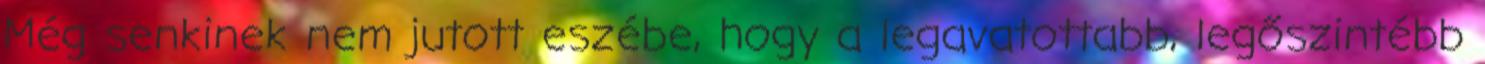
Még senkinek nem jutott eszébe, hogy a legavatottabb, legőszintébb